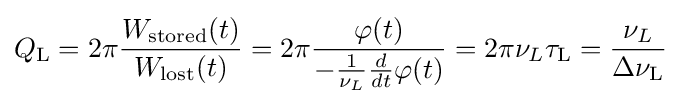
Q_{\rm {L}}=2\pi {\frac {W_{\rm {stored}}(t)}{W_{\rm {lost}}(t)}}=2\pi {\frac {\varphi (t)}{-{\frac {1}{\nu _{L}}}{\frac {d}{dt}}\varphi (t)}}=2\pi \nu _{L}\tau _{\rm {L}}={\frac {\nu _{L}}{\Delta \nu _{\rm {L}}}}